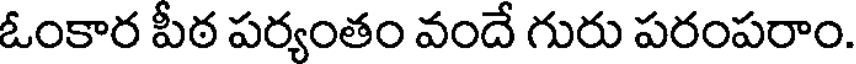
ఓంకార పీఠ పర్యంతం వందే గురు పరంపరాం.